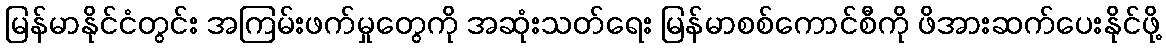
မြန်မာနိုင်ငံတွင်း အကြမ်းဖက်မှုတွေကို အဆုံးသတ်ရေး မြန်မာစစ်ကောင်စီကို ဖိအားဆက်ပေးနိုင်ဖို့